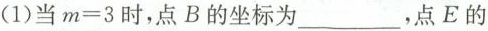
(1)当$$m=3$$时，点B的坐标为___，点E的